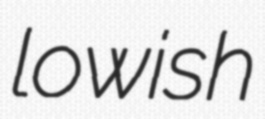
lowish